Vaccination in Bombay 1902-1912 - 1902-1912
Year: 1902
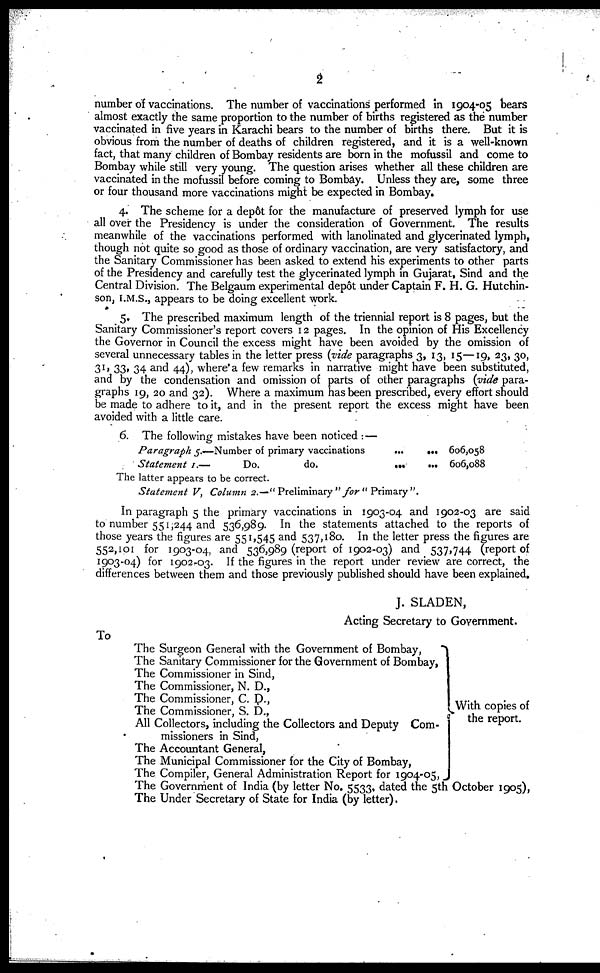
2
number of vaccinations. The number of vaccinations performed in 1904-05 bears
almost exactly the same proportion to the number of births registered as the number
vaccinated in five years in Karachi bears to the number of births there. But it is
obvious from the number of deaths of children registered, and it is a well-known
fact, that many children of Bombay residents are born in the mofussil and come to
Bombay while still very young. The question arises whether all these children are
vaccinated in the mofussil before coming to Bombay. Unless they are, some three
or four thousand more vaccinations might be expected in Bombay.
4. The scheme for a depôt for the manufacture of preserved lymph for use
all over the Presidency is under the consideration of Government. The results
meanwhile of the vaccinations performed with lanolinated and glycerinated lymph,
though not quite so good as those of ordinary vaccination, are very satisfactory, and
the Sanitary Commissioner has been asked to extend his experiments to other parts
of the Presidency and carefully test the glycerinated lymph in Gujarat, Sind and the
Central Division. The Belgaum experimental depôt under Captain F. H. G. Hutchin¬
son, I.M.S., appears to be doing excellent work.
5. The prescribed maximum length of the triennial report is 8 pages, but the
Sanitary Commissioner's report covers 12 pages. In the opinion of His Excellency
the Governor in Council the excess might have been avoided by the omission of
several unnecessary tables in the letter press (vide paragraphs 3, 13, 15—19, 23, 30,
31, 33, 34 and 44), where a few remarks in narrative might have been substituted,
and by the condensation and omission of parts of other paragraphs (vide para-
graphs 19, 20 and 32). Where a maximum has been prescribed, every effort should
be made to adhere to it, and in the present report the excess might have been
avoided with a little care.
6. The following mistakes have been noticed :—
Paragraph 5.—Number of primary vaccinations
...
...
Statement I.—
Do.
do. ... ...
606,058
606,088
The latter appears to be correct.
Statement V, Column 2.—" Preliminary " for " Primary ".
In paragraph 5 the primary vaccinations in 1903-04 and 1902-03 are said
to number 551,244 and 536,989. In the statements attached to the reports of
those years the figures are 551,545 and 537,180. In the letter press the figures are
552,101 for 1903-04, and 536,989 (report of 1902-03) and 537,744 (report of
1903-04) for 1902-03. If the figures in the report under review are correct, the
differences between them and those previously published should have been explained.
J. SLADEN,
Acting Secretary to Government.
To
The Surgeon General with the Government of Bombay,
The Sanitary Commissioner for the Government of Bombay,
The Commissioner in Sind,
The Commissioner, N. D.,
The Commissioner, C. D.,
The Commissioner, S. D.,
All Collectors, including the Collectors and Deputy Com-
missioners in Sind,
The Accountant General,
The Municipal Commissioner for the City of Bombay,
The Compiler, General Administration Report for 1904-05,
With copies of
the report.
The Government of India (by letter No. 5533. dated the 5th October 1905),
The Under Secretary of State for India (by letter).